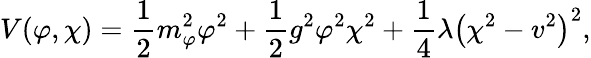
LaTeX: V(\varphi,\chi)=\frac{1}{2}m_{\varphi}^{2}\varphi^{2}+\frac{1}{2}g^{2}\varphi^{2}\chi^{2}+\frac{1}{4}\lambda\left(\chi^{2}-v^{2}\right)^{2},